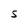
Character: S